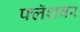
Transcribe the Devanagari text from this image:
फ्लॅशवर